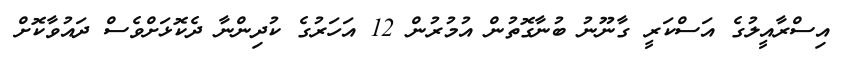
އިސްރާއީލުގެ އަސްކަރީ ގާނޫނު ބުނާގޮތުން އުމުރުން 12 އަހަރުގެ ކުދިންނާ ދެކޮޅަށްވެސް ދައުވާކޮށް